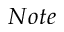
N o t e